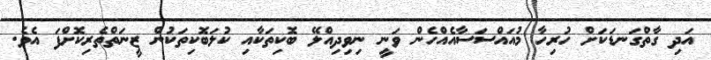
އަދި ގާތްގަނޑަކަށް ހުރިހާ މުއައްސަސާއެއްހެން ވަނީ ނިވިދިއްލޭ ބޮކިތަކާއި ކުލަބޮކިތަކުން ޒީނަތްތެރިކޮށްފަ އެވެ.